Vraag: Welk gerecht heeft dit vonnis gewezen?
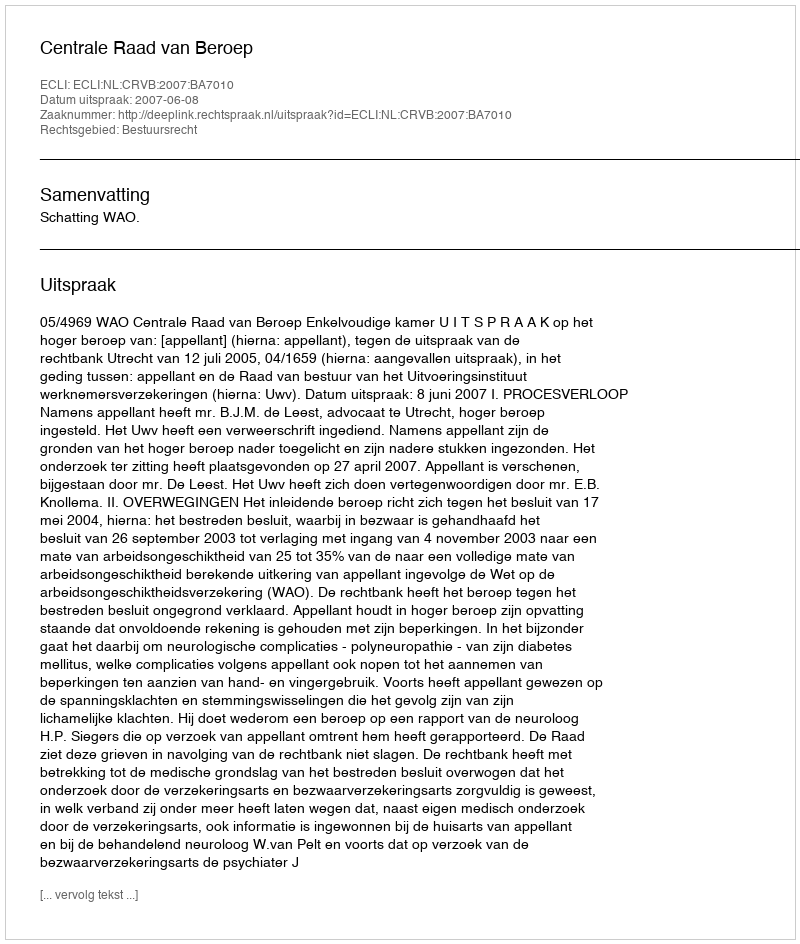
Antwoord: Centrale Raad van Beroep